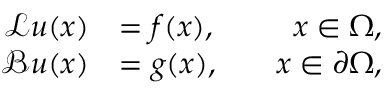
\begin{array} { r l r } { \mathcal { L } \boldsymbol { u } ( \boldsymbol { x } ) } & { = \boldsymbol { f } ( \boldsymbol { x } ) , } & { \quad \boldsymbol { x } \in \Omega , } \\ { \mathcal { B } \boldsymbol { u } ( \boldsymbol { x } ) } & { = \boldsymbol { g } ( \boldsymbol { x } ) , } & { \quad \boldsymbol { x } \in \partial \Omega , } \end{array}